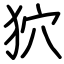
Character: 狖